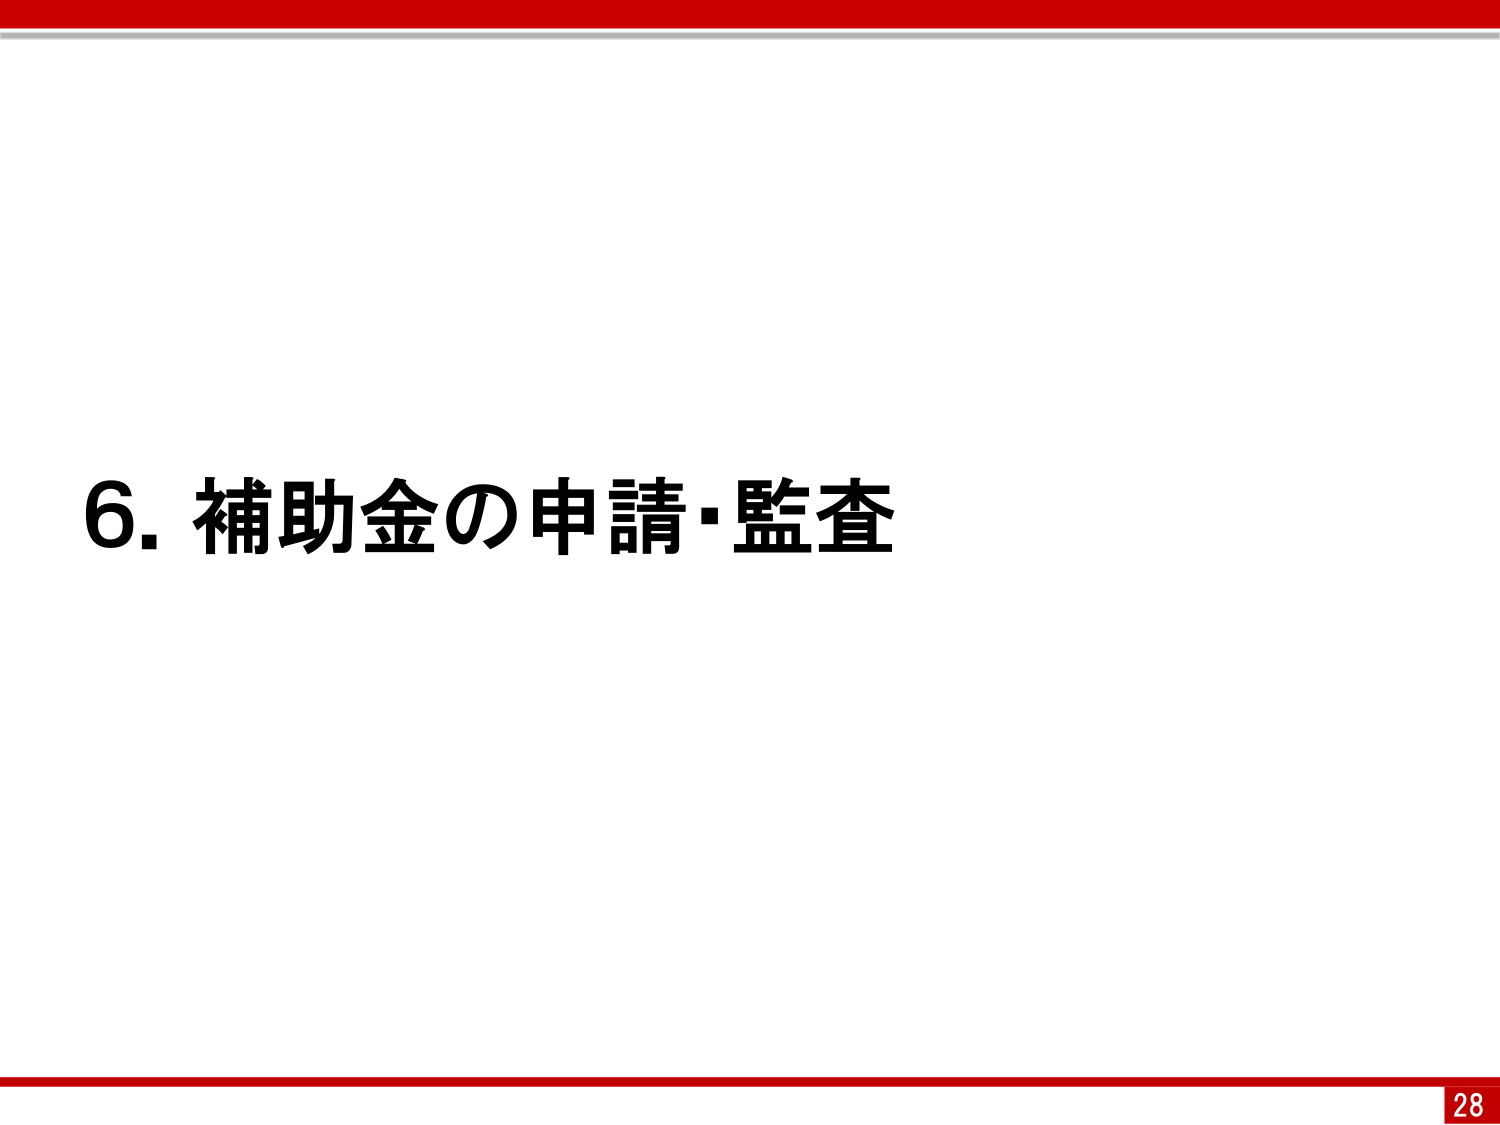
6. 補助金の申請・監査
28